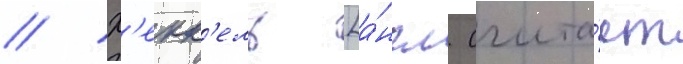
// Х'екк'ель [а́нгл. счита́ет